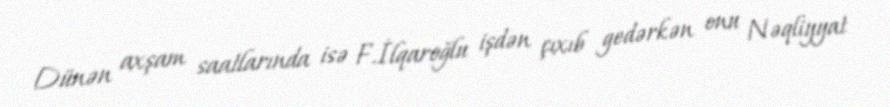
Dünən axşam saatlarında isə F.İlqaroğlu işdən çıxıb gedərkən onu Nəqliyyat